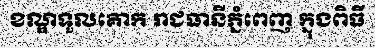
ខណ្ឌទួលគោក រាជធានីភ្នំពេញ ក្នុងពិធី